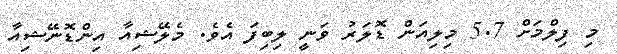
މި ފިލްމަށް 5.7 މިލިއަން ޑޮލަރު ވަނީ ލިބިފަ އެވެ. މެލޭޝިއާ އިންޑޮނޭޝިއާ